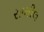
સામીલ